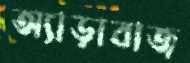
অ্যাড়াবাজ